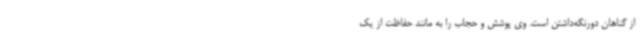
از گناهان دورنگه‌داشتن است. وی پوشش و حجاب را به مانند حفاظت از یک